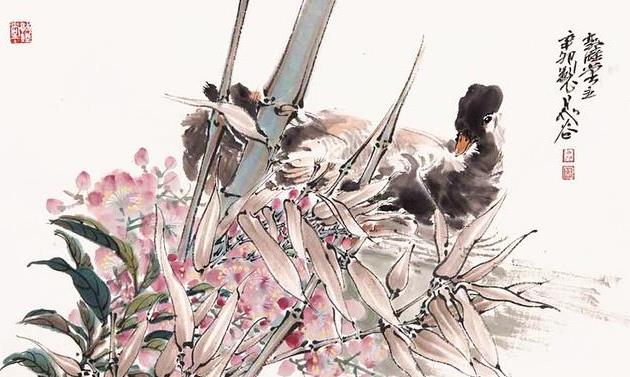
迸箨分苦节，轻筠抱虚心。